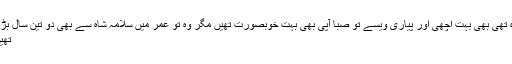
وہ تھی بھی بہت اچھی اور پیاری ویسے تو صبا آپی بھی بہت خوبصورت تھیں مگر وہ تو عمر میں سلامہ شاہ سے بھی دو تین سال بڑی
تھیں۔